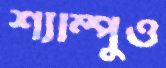
শ্যাম্পুও